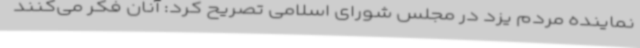
نماینده مردم یزد در مجلس شورای اسلامی تصریح کرد: آنان فکر می‌کنند